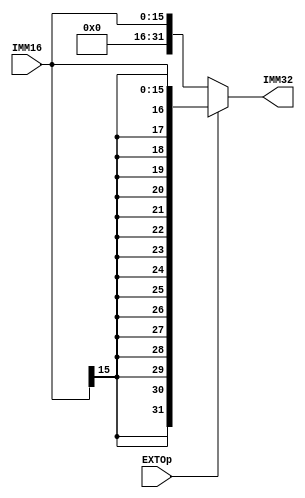
module EXT(IMM16, EXTOp, IMM32);
    
  input [15:0] IMM16;
  input EXTOp;
  output [31:0] IMM32;
   
  assign IMM32 = (EXTOp)?{{16{IMM16[15]}}, IMM16}:{16'd0, IMM16};
         
endmodule